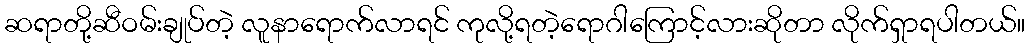
ဆရာတို့ဆီဝမ်းချုပ်တဲ့ လူနာရောက်လာရင် ကုလို့ရတဲ့ရောဂါကြောင့်လားဆိုတာ လိုက်ရှာရပါတယ်။